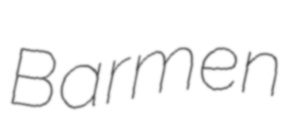
Barmen